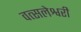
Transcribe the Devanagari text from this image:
वत्सलेश्वरी